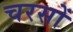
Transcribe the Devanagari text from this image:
चरसों